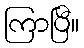
ကြာပြီ။